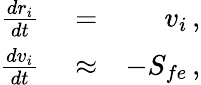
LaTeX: \begin{array}{rlr}{\frac{dr_{i}}{dt}}&{{}=}&{v_{i}\, ,}\\ {\frac{dv_{i}}{dt}}&{{}\approx}&{-S_{fe}\, ,}\end{array}